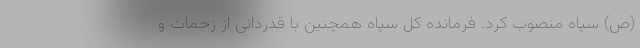
(ص) سپاه منصوب کرد. فرمانده کل سپاه همچنین با قدردانی از زحمات و